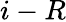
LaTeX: i-R